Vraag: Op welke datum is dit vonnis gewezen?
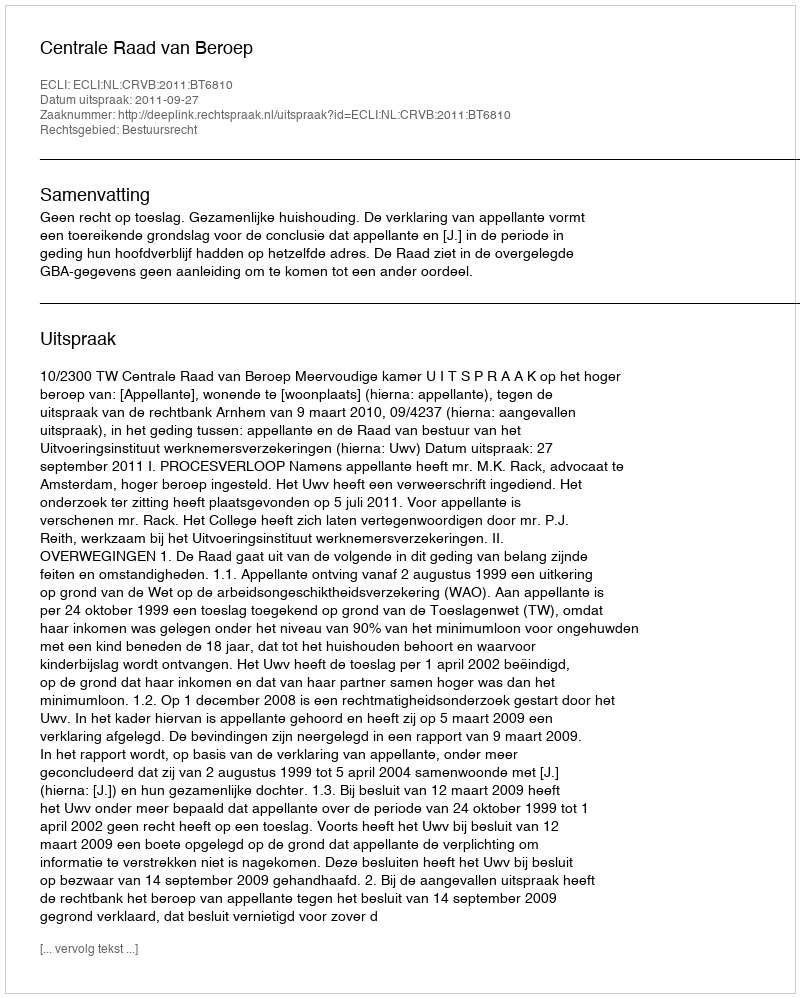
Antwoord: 2011-09-27